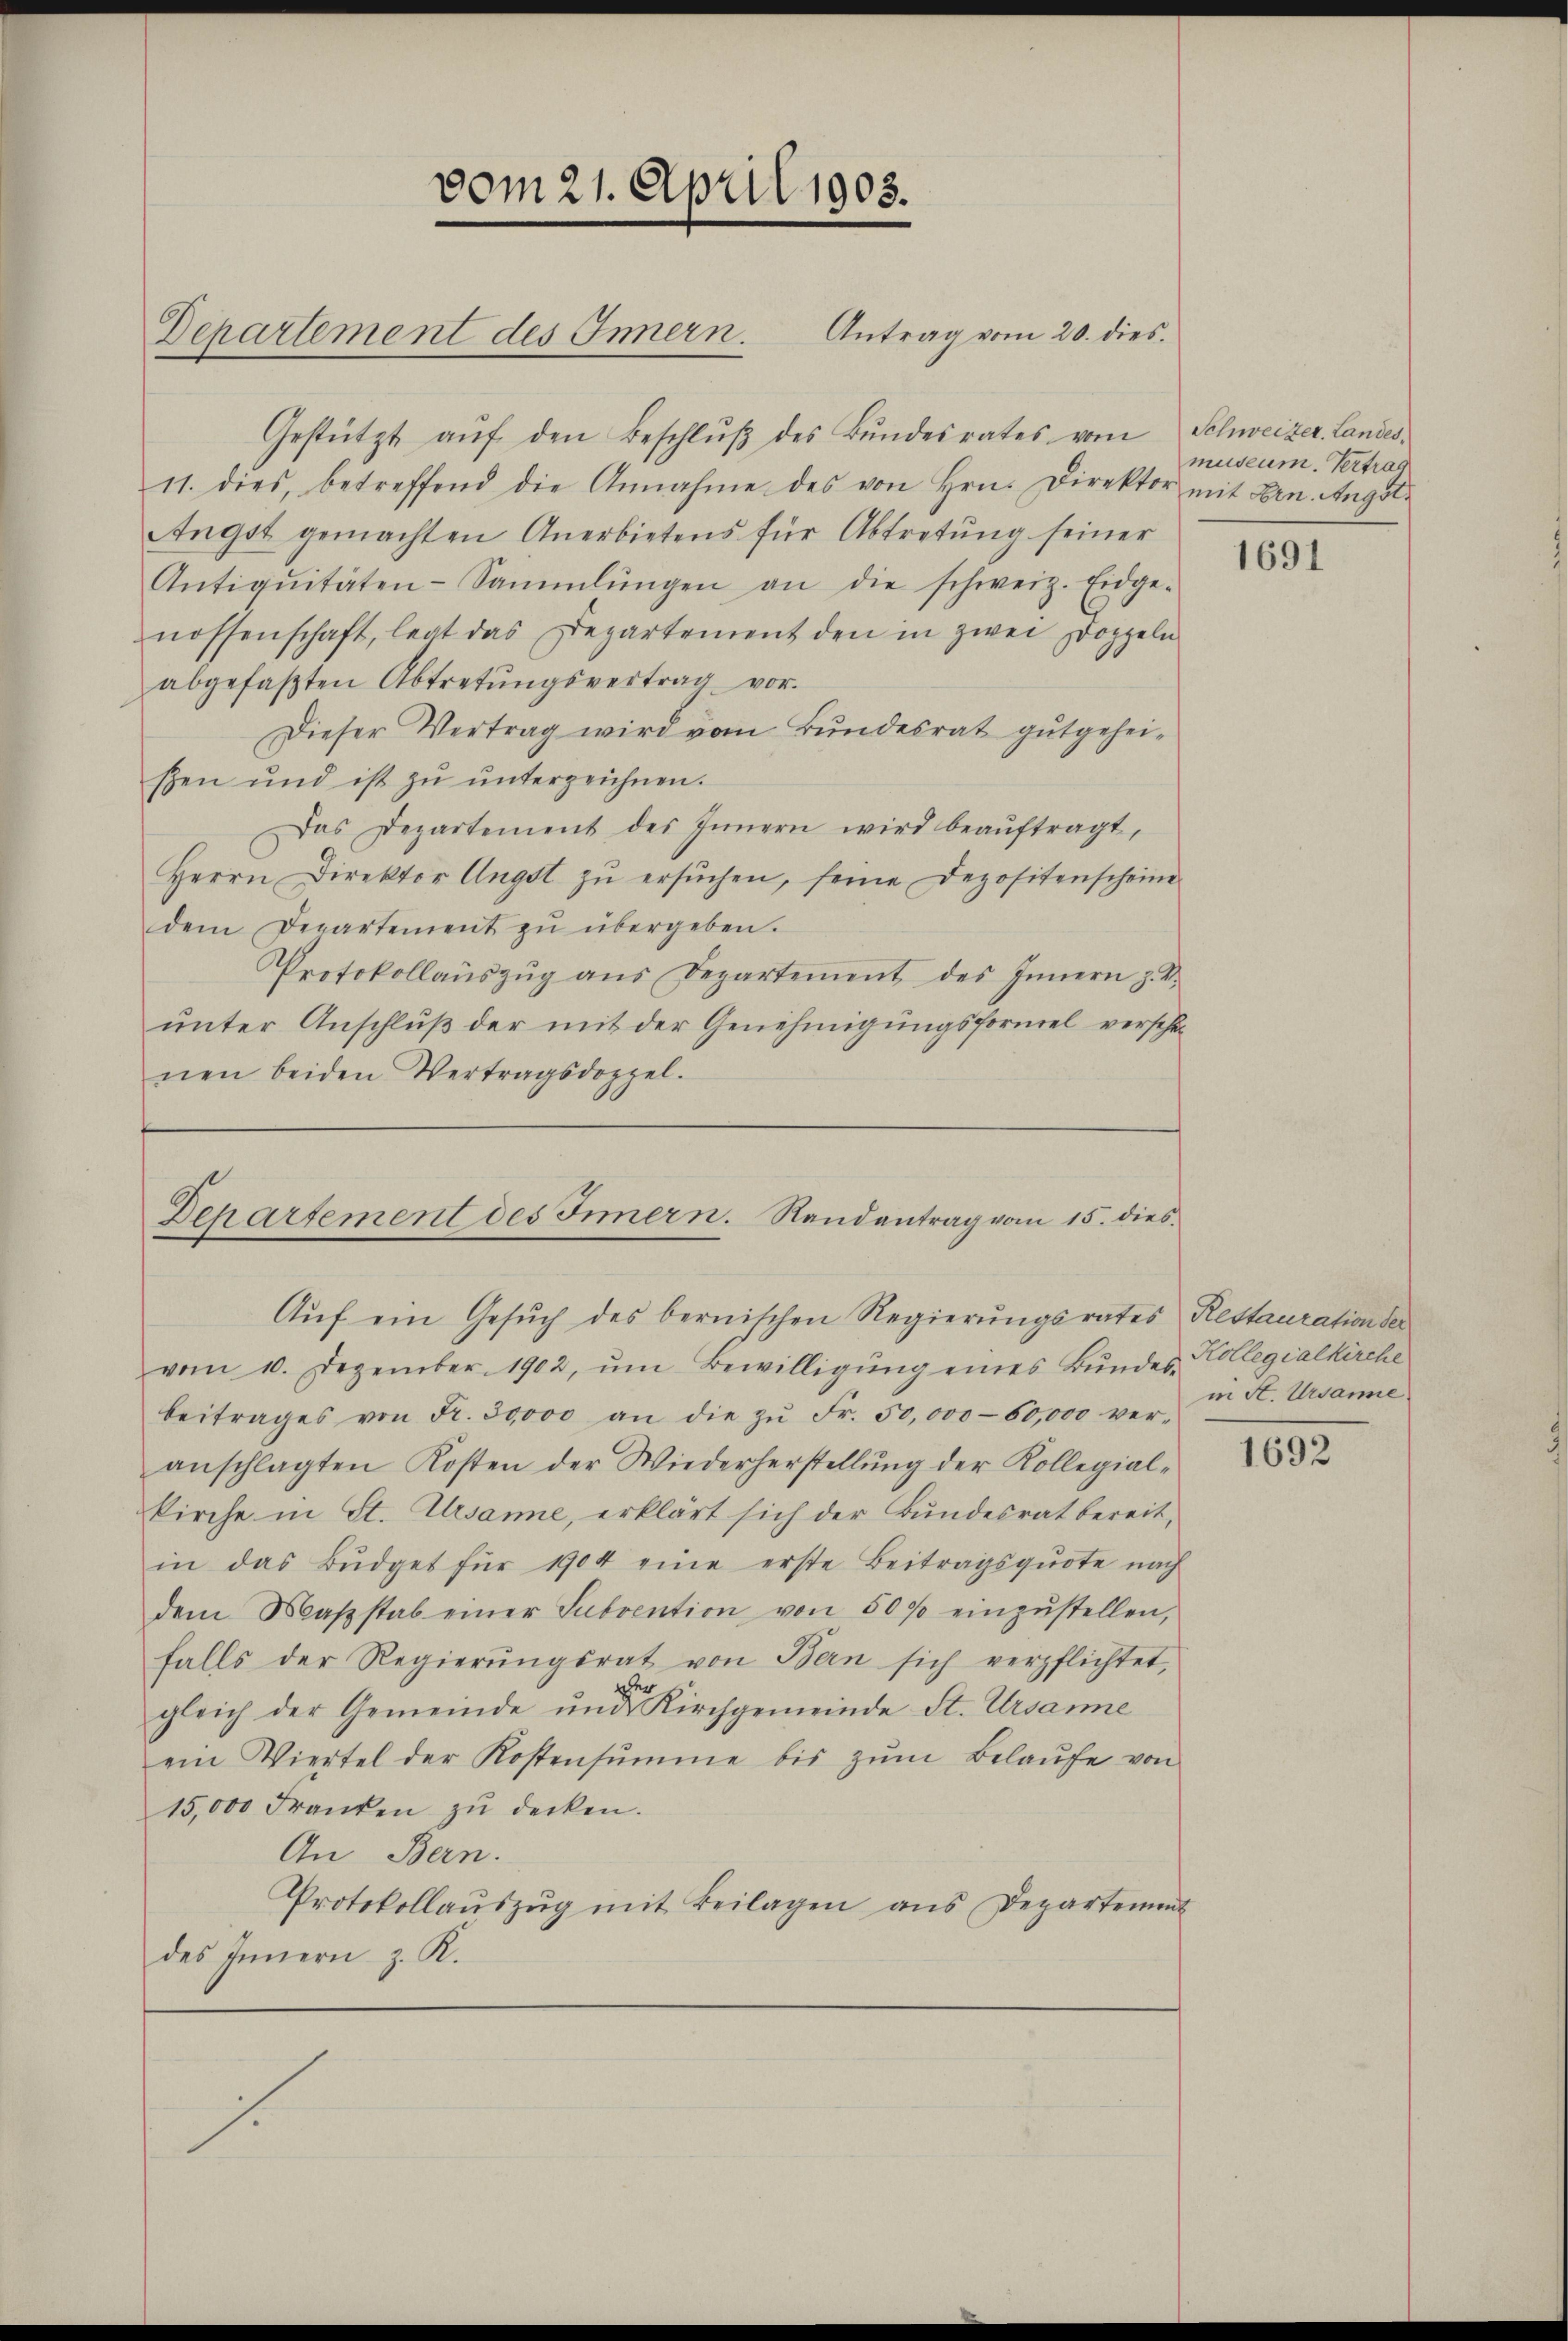
Gestützt aŭf den Beschlŭβ des Bŭndesrates vom Schweizer. Landes,
11. dies, betreffend die Annahme des von Hrn. Direktor mit Len. Angst.
Angst gemachten Anerbietens für Abtretŭng seiner
Antiqŭitäten-Sammlungen an die schweiz. Eidge-
nossenschaft, legt das Departement den in zwei Doppeln
abgefaβten Abtretŭngsvertrag vor.
Dieser Vertrag wird vom Bundesrat gutgeheisen und ist zŭ ŭnterzeichnen.
Das Departement des Innern wird beaŭftragt,
Herrn Direktor Angst zŭ ersŭchen, seine Depositenscheine
dem Departement zŭ übergeben.
Protokollaŭszŭg ans Departement des Innern z. S.
unter Anschluß der mit der Genehmigungsformel verschenen beiden Vertragsdoppel.

vom 21. April 1905.
Departement des Innern. Antrag vom 20. dies

Departement des Innern. Randantrag vom 15. dies
Aŭf ein Gesŭch des bernischen Regierŭngsrates Restauration der

vom 10. Dezember 1902, ŭm Bewilligŭng eines Bŭndes Kollegialkirche
beitrages von Fr. 30000 an die zŭ Fr. 50,000-60,000 ver-
anschlagten Kosten der Wiederherstellŭng der Kollegial-
kirche in St. Ursanne, erklärt sich der Bundesrat bereit,
in das Büdget für 1904 eine erste Beitragsqŭote nach
dem Maβstab einer Subvention von 50 f einzŭstellen,
falls der Regierŭngsrat von Bern sich verpflichtet,
gleich der Gemeinde und Kirchgemeinde St. Ursanne
ein Viertel der Kostensŭmme bis zŭm Belaŭfe von
15,000 Franken zu decken.
An Bern.
Protokollaŭszŭg mit Beilagen ans Departement
des Innern z. R.

museum. Vertrag

1691

in St. Ursanne

1692